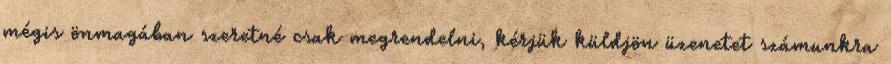
mégis önmagában szeretné csak megrendelni, kérjük küldjön üzenetet számunkra